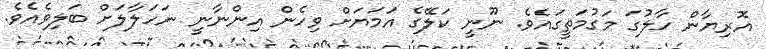
އޮރިޔާން ހާލުގަ މަގުމަތީގައެވެ. ނޫނީ ކަލޭގެ އަމަޔަށް ވިހެން އިންނާނީ ނަހަލާލަށް ބަލިވެއެވެ.